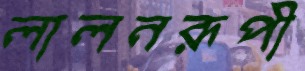
লালনরূপী